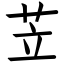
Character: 苙